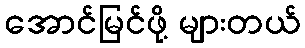
အောင်မြင်ဖို့ များတယ်